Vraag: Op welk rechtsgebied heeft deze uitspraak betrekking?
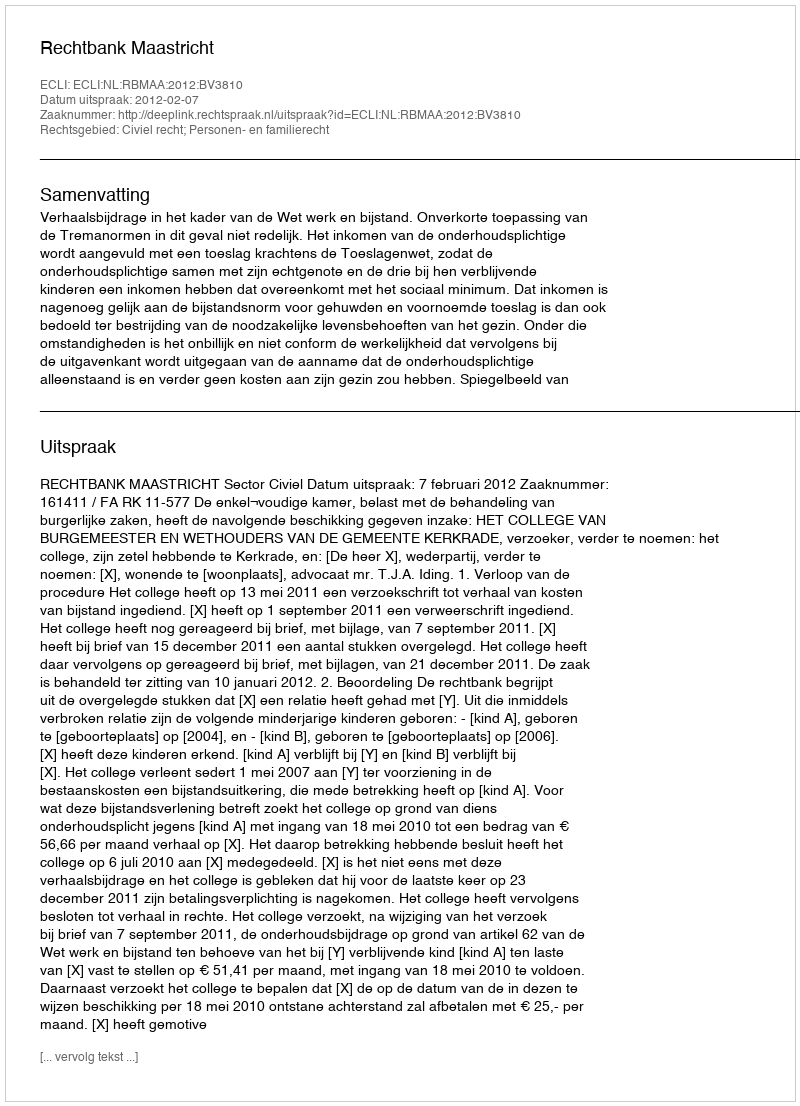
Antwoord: Civiel recht; Personen- en familierecht